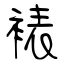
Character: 裱